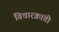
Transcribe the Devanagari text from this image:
विचारक्रांती